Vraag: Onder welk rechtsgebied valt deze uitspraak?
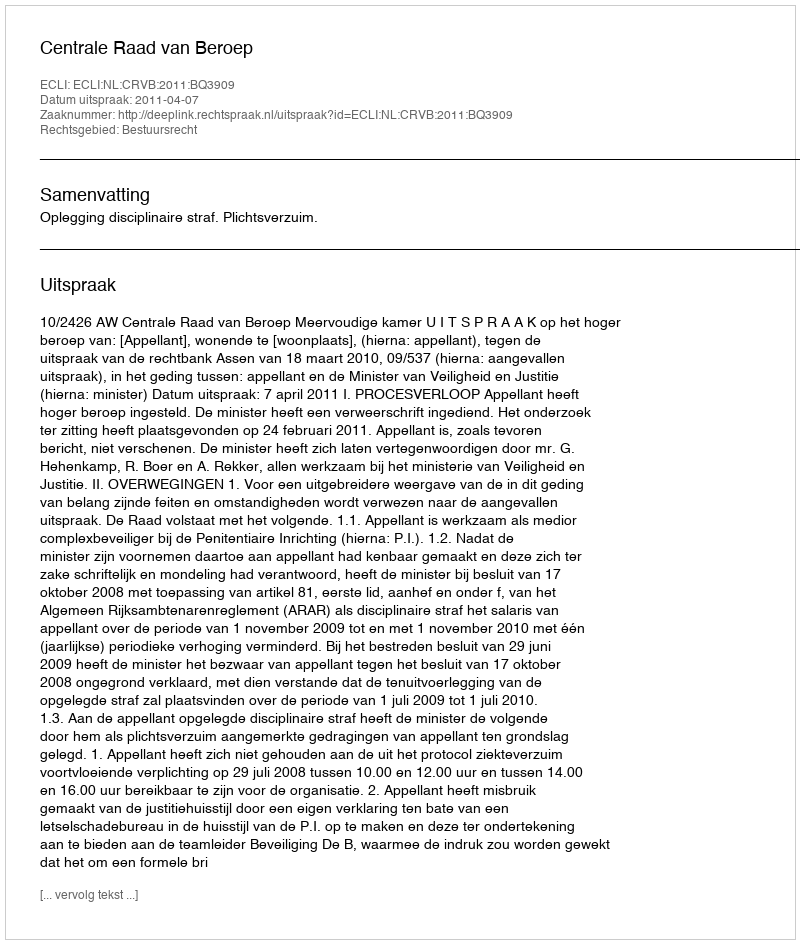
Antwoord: Bestuursrecht